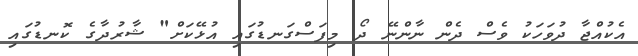
އެކުއްޖާ ދުވަހަކު ވެސް ދެން ނާންނޭ ދޯ މިފަސްގަނޑުގައި އުޅޭކަށް" ޝާރުދާގެ ކޮނޑުގައި